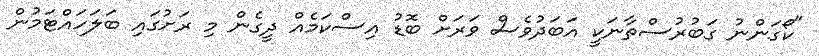
"ކޯގަންނު ގަބުރުސްތާނަކީ އަބަދުވެސް ވަރަށް ބޮޑު އިސްކަމެއް ދީގެން މި ރަށުގައި ބަލަހައްޓަމުން